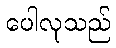
ပေါလုသည်